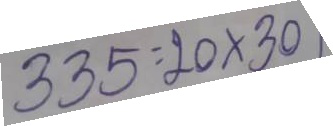
335 = 20 x 30